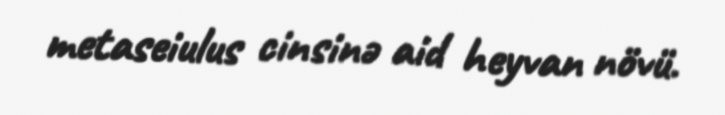
metaseiulus cinsinə aid heyvan növü.